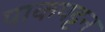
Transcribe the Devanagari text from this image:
पाकपट्टन